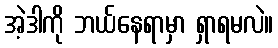
အဲ့ဒါကို ဘယ်နေရာမှာ ရှာရမလဲ။